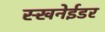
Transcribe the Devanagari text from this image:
स्खनेईडर